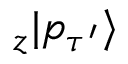
_ z | p _ { \tau ^ { \prime } } \rangle